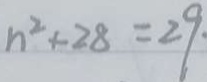
n ^ { 2 } + 2 8 = 2 9 .